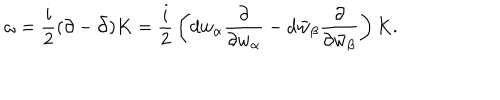
\omega = { \frac { i } { 2 } } ( \partial - \bar { \partial } ) K = { \frac { i } { 2 } } \left( d w _ { \alpha } { \frac { \partial } { \partial w _ { \alpha } } } - d \bar { w } _ { \beta } { \frac { \partial } { \partial \bar { w } _ { \beta } } } \right) K .